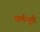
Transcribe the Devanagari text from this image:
कर्मभूमीं